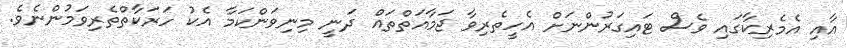
އާއި އެމެރިކާގައި ވެސް ޓައިގަރުންނަށް އެހީތެރިވާ ޖަމާއަތްތައް ދަނީ މިނިވަންކަމާ އެކު ހަރަކާތްތެރިވަމުންނެވެ.